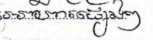
អាហារផ្សេងៗ